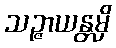
သဉ္ဇာယန္တမှိ